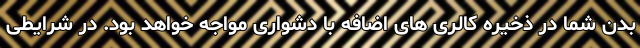
بدن شما در ذخیره کالری های اضافه با دشواری مواجه خواهد بود. در شرایطی